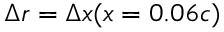
\Delta r = \Delta x ( x = 0 . 0 6 c )